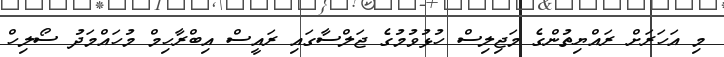
މި އަހަރަށް ރައްޔިތުންގެ މަޖިލިސް ހުޅުވުމުގެ ޖަލްސާގައި ރައީސް އިބްރާހިމް މުހައްމަދު ސޯލިހް